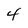
Character: 4